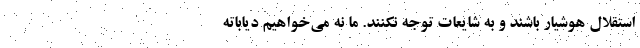
استقلال هوشیار باشند و به شایعات توجه نکنند. ما نه می‌خواهیم دیاباته